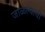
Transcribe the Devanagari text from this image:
जाळल्याची